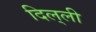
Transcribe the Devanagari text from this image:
दिल्‌ली